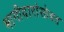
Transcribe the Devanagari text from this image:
भागीदारांसोबत